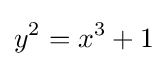
y^{2}=x^{3}+1